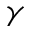
\gamma